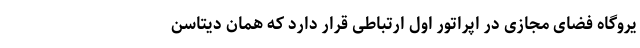
یروگاه فضای مجازی در اپراتور اول ارتباطی قرار دارد که همان دیتاسن